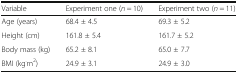
<table><thead><tr><td><b>Variable</b></td><td><b>Experiment one (<i>n</i> = 10)</b></td><td><b>Experiment two (<i>n</i> = 11)</b></td></tr></thead><tbody><tr><td>Age (years)</td><td>68.4 ± 4.5</td><td>69.3 ± 5.2</td></tr><tr><td>Height (cm)</td><td>161.8 ± 5.4</td><td>161.7 ± 5.2</td></tr><tr><td>Body mass (kg)</td><td>65.2 ± 8.1</td><td>65.0 ± 7.7</td></tr><tr><td>BMI (kg<sup>.</sup>m<sup>2</sup>)</td><td>24.9 ± 3.1</td><td>24.9 ± 3.0</td></tr></tbody></table>